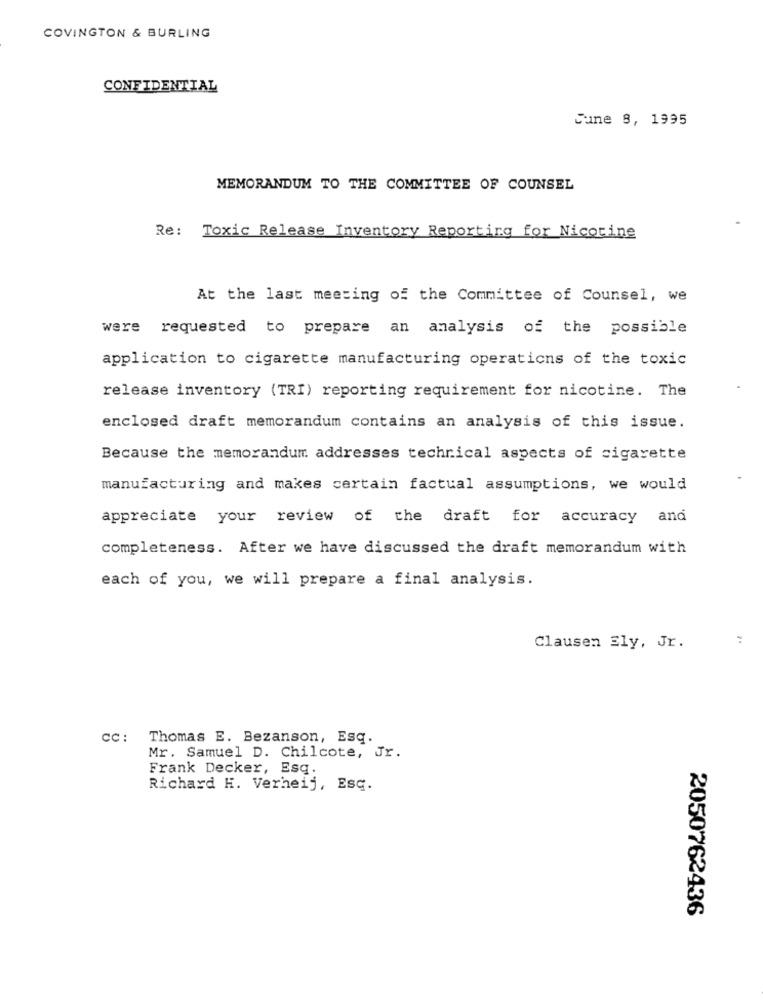
COVINGTON & BURLING
CONFIDENTIAL
Sune 8, 1995
MEMORANDUM TO THE COMMITTEE OF COUNSEL
Re: Toxic Release Inventory Reporting for Nicotine
At the last meeting of the Committee of Counsel, we
were requested to prepare an analysis of the possible
application to cigarette manufacturing operations of the toxic
release inventory (TRI) reporting requirement for nicotine. The
enclosed draft memorandum contains an analysis of this issue.
Because the memorandum addresses technical aspects of cigarette
manufacturing and makes certain factual assumptions, we would
appreciate your review of the draft for accuracy and
completeness. After we have discussed the draft memorandum with
each of you, we will prepare a final analysis.
:
Clausen Ely, Jr.
cc: Thomas E. Bezanson, Esq.
Mr. Samuel D. Chilcote, Jr.
Frank Decker, Esq.
Richard H. Verheij, Esq.
2050762436